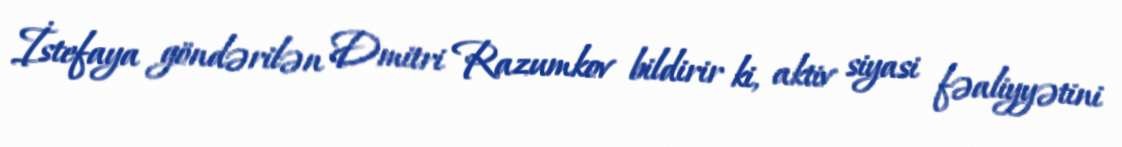
İstefaya göndərilən Dmitri Razumkov bildirir ki, aktiv siyasi fəaliyyətini